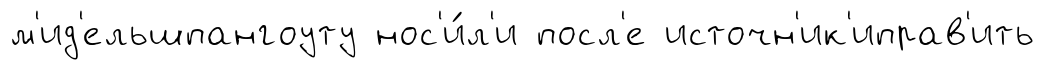
м'ид'ельшпангоуту нос'и́л'и посл'е источн'ик'иправ'ить